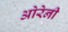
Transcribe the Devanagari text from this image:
ओरेनी